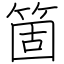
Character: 箇